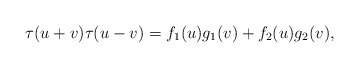
\begin{align*}\tau(u+v)\tau(u-v)=f_1(u)g_1(v)+f_2(u)g_2(v),\end{align*}